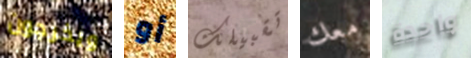
ويخرجون أو تقبيلك معك واحدة